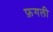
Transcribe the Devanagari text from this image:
फ़गली